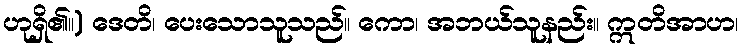
ဟုရှိ၏။) ဒေတိ၊ ပေးသောသူသည်။ ကော၊ အဘယ်သူနည်း။ ဣတိအာဟ၊